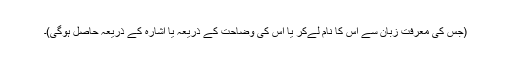
(جس کی معرفت زبان سے اُس کا نام لےکر یا اس کی وضاحت کے ذریعہ یا اشارہ کے ذریعہ حاصل ہوگی)۔